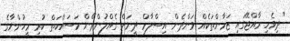
"ދިވެހި ރާއްޖޭގައި ޒަމާންތަކެއް ވަންދެން އިސްލާމް ދީނަށް ގެއްލުންދޭން މަސައްކަތް ކުރި މީހުންނާގެ